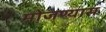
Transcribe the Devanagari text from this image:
मोजण्यास